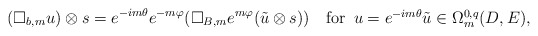
\begin{align*}(\Box_{b,m}u)\otimes s=e^{-im\theta}e^{-m\varphi}(\Box_{B,m}e^{m\varphi}(\tilde u\otimes s))\quad\mbox{for\,\,\,$u=e^{-im\theta}\tilde u\in \Omega^{0,q}_m(D, E)$}, \end{align*}